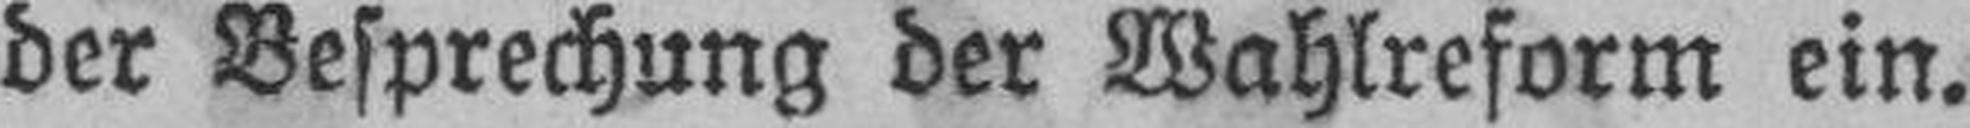
der Besprechung der Wahlreform ein.